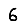
Digit: 6